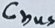
Text: Cbus